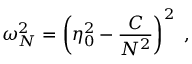
\omega _ { N } ^ { 2 } = \left( \eta _ { 0 } ^ { 2 } - \frac { C } { N ^ { 2 } } \right) ^ { 2 } \ ,